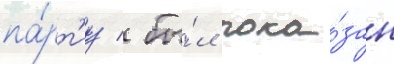
па́рт'иу / бы́л пока́зан